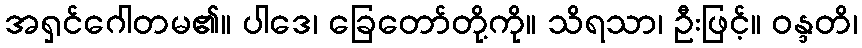
အရှင်ဂေါတမ၏။ ပါဒေ၊ ခြေတော်တို့ကို။ သိရသာ၊ ဦးဖြင့်။ ဝန္ဒတိ၊